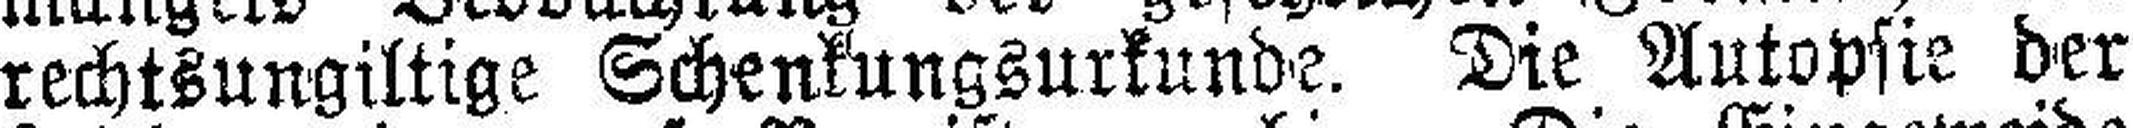
rechtsungiltige Schenkungsurkunde. Die Autopsie der